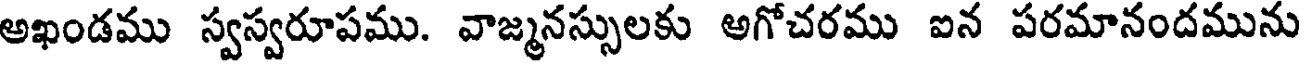
అఖండము స్వస్వరూపము. వాజ్మనస్సులకు అగోచరము ఐన పరమానందమును